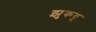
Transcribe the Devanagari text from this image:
झुकवू